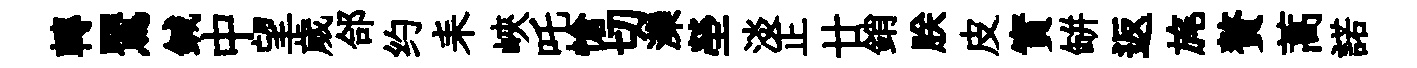
轉鸎鍼中望歲郃约耒峽吒愴切灤塋淡正廿銷朕皮實缾返旄贅蒿諾